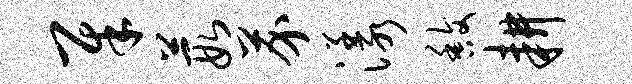
犀葭芥漾馥耕